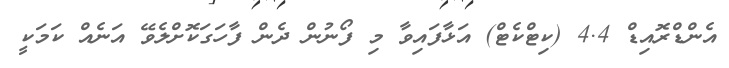
އެންޑްރޮއިޑް 4.4 (ކިޓްކެޓް) އަޅާފައިވާ މި ފޯނުން ދެން ފާހަގަކޮށްލެވޭ އަނެއް ކަމަކީ